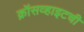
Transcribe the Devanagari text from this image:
क्रॉसव्हाइटची